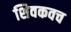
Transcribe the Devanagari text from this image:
शिवकवच